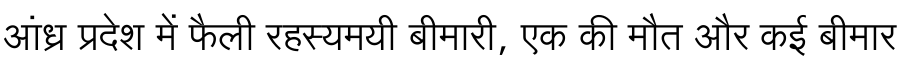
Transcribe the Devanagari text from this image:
आंध्र प्रदेश में फैली रहस्यमयी बीमारी, एक की मौत और कई बीमार